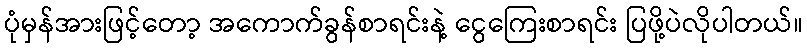
ပုံမှန်အားဖြင့်တော့ အကောက်ခွန်စာရင်းနဲ့ ငွေကြေးစာရင်း ပြဖို့ပဲလိုပါတယ်။